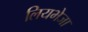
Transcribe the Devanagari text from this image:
लियभेजा